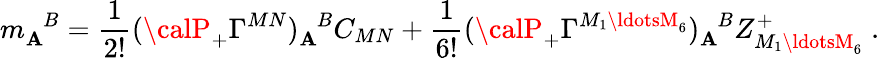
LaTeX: m_{\mathbf{A}}^{\phantom{\mathbf{A}}B}=\frac{{1}}{{2!}}({\calP}_{+}\Gamma^{MN})_{\mathbf{A}}^{\phantom{\mathbf{A}}B}C_{MN}+\frac{{1}}{{6!}}({\calP}_{+}\Gamma^{M_{1}\ldotsM_{6}})_{\mathbf{A}}^{\phantom{\mathbf{A}}B}Z_{M_{1}\ldotsM_{6}}^{+}\; .